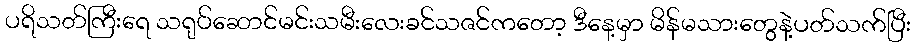
ပရိသတ်ကြီးရေ သရုပ်ဆောင်မင်းသမီးလေးခင်သဇင်ကတော့ ဒီနေ့မှာ မိန်မသားတွေနဲ့ပတ်သက်ပြီး